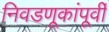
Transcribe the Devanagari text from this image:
निवडणूकांपूर्वी